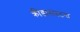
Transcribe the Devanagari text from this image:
क्रीडासंघटना